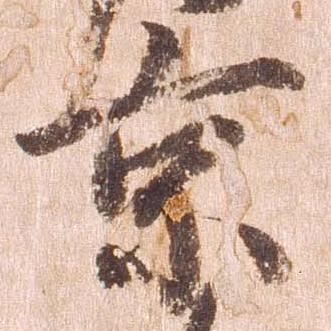
京